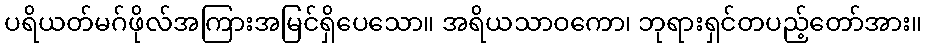
ပရိယတ်မဂ်ဖိုလ်အကြားအမြင်ရှိပေသော။ အရိယသာဝကော၊ ဘုရားရှင်တပည့်တော်အား။